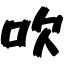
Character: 吹